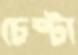
চেষ্টা